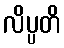
လိပ္ပတိ